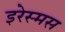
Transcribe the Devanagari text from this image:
इरेस्मस